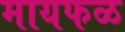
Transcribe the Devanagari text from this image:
मायफळ